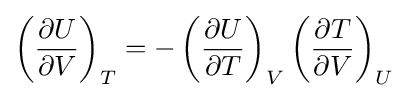
\left({\frac {\partial U}{\partial V}}\right)_{T}=-\left({\frac {\partial U}{\partial T}}\right)_{V}\left({\frac {\partial T}{\partial V}}\right)_{U}